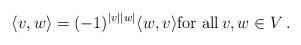
LaTeX: \begin{align*}\langle v , w \rangle= (-1)^{|v||w|} \langle w, v \rangle \mbox{for all} \, v, w \in V\, . \end{align*}